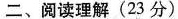
二、阅读理解(23分)